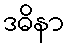
ဒဓိနာ